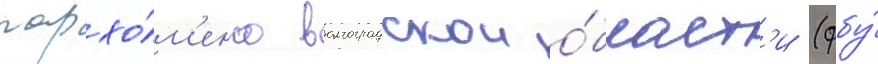
пархо́м'енко волгоградскои о́бласт'и (фбу́